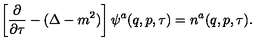
\left[ \frac { \partial } { \partial \tau } - ( \Delta - m ^ { 2 } ) \right] \psi ^ { a } ( q , p , \tau ) = n ^ { a } ( q , p , \tau ) .